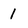
Character: 1